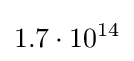
1.7\cdot 10^{14}